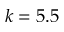
k = 5 . 5